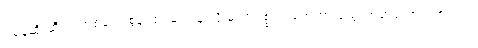
ပုံမှန်ဆို ဆီးကတစ်ဆင့် စွန့်ပစ်ရမယ့် နဲ့ လို ဓာတုပစ္စည်းတွေဟာ သွေးထဲမှာပုံလာတဲ့အတွက်